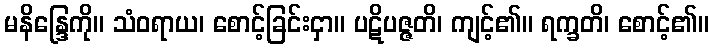
မနိန္ဒြေကို။ သံဝရာယ၊ စောင့်ခြင်းငှာ။ ပဋိပဇ္ဇတိ၊ ကျင့်၏။ ရက္ခတိ၊ စောင့်၏။